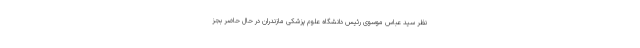
نظر سید عباس موسوی رئیس دانشگاه علوم پزشکی مازندران در حال حاضر بجز